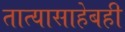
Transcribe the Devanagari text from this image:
तात्यासाहेबही